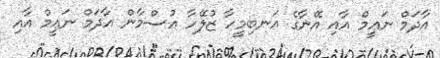
އާދަމް ނަޢީމް އާއި އޭނާގެ އަނބިމީހާ ޒުލޭހާ އުސްމާން އާދަމް ނަޢީމް އާއި